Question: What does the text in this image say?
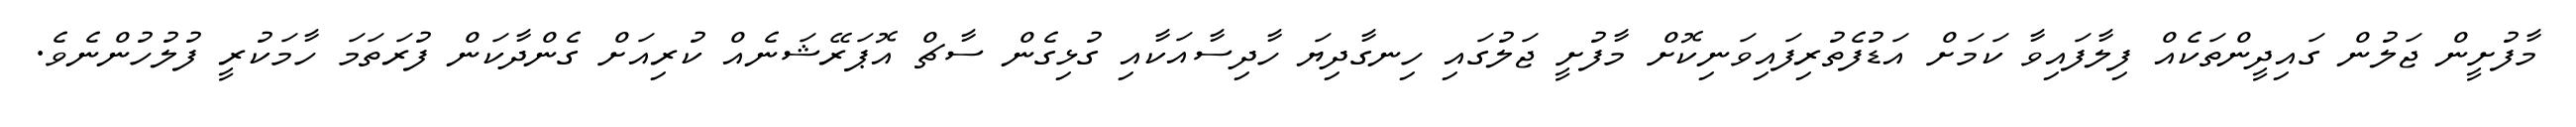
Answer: މާފުށީން ޖަލުން ގައިދީންތަކެއް ފިލާފައިވާ ކަމަށް އަޑުފެތުރިފައިވަނިކޮށް މާފުށީ ޖަލުގައި ހިނގާދިޔަ ހާދިސާއަކާއި ގުޅިގެން ސާޗް އޮޕަރޭޝަނެއް ކުރިއަށް ގެންދާކަން ފުރަތަމަ ހާމަކުރީ ފުލުހުންނެވެ.